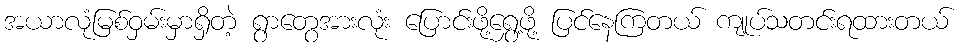
အယာလုံမြစ်ဝှမ်းမှာရှိတဲ့ ရွာတွေအားလုံး ပြောင်းဖို့ရွှေ့ဖို့ ပြင်နေကြတယ် ကျုပ်သတင်းရထားတယ်